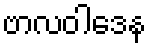
ဗာလဝါဒေန